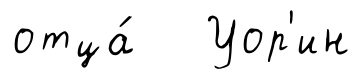
отца́ Уор'ин